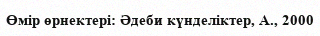
Өмір өрнектері: Әдеби күнделіктер, А., 2000